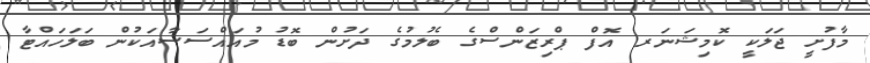
މާފުށީ ޖަލަކީ ކޮމިޝަނަރ އޮފް ޕްރިޒަންސްގެ ބެލުމުގެ ދަށުން ބޮޑު މުއައްސަސާއަކުން ބަލަހައްޓާ